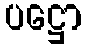
ပဋ္ဌော